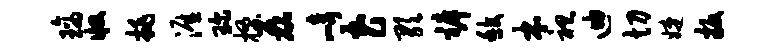
璃收挑涯琛搔磊崎花歌裤馥本袒迪切婕扳